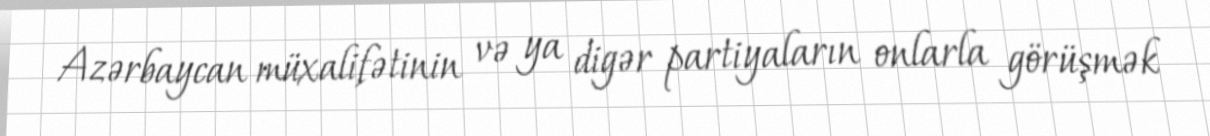
Azərbaycan müxalifətinin və ya digər partiyaların onlarla görüşmək